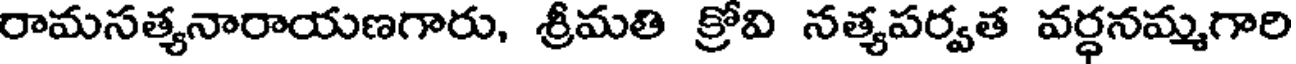
రామసత్యనారాయణగారు, శ్రీమతి క్రోవి నత్యపర్వత వర్ధనమ్మగారి